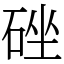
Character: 䂳